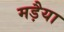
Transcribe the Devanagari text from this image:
मड़ैया